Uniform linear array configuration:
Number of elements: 8
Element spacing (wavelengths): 0.5
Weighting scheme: cosine
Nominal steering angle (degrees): -60
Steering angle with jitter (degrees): -59.285
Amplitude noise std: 0.05
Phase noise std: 0.05

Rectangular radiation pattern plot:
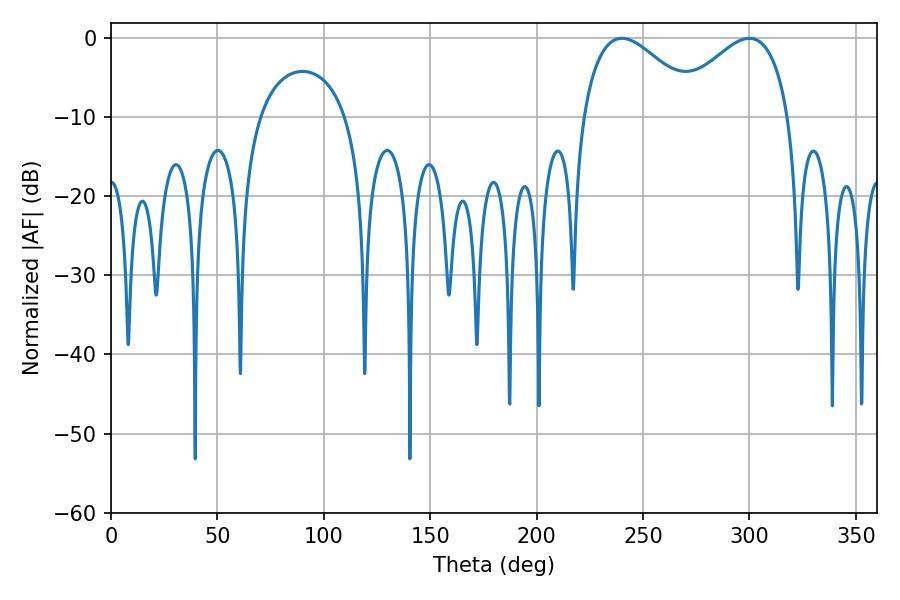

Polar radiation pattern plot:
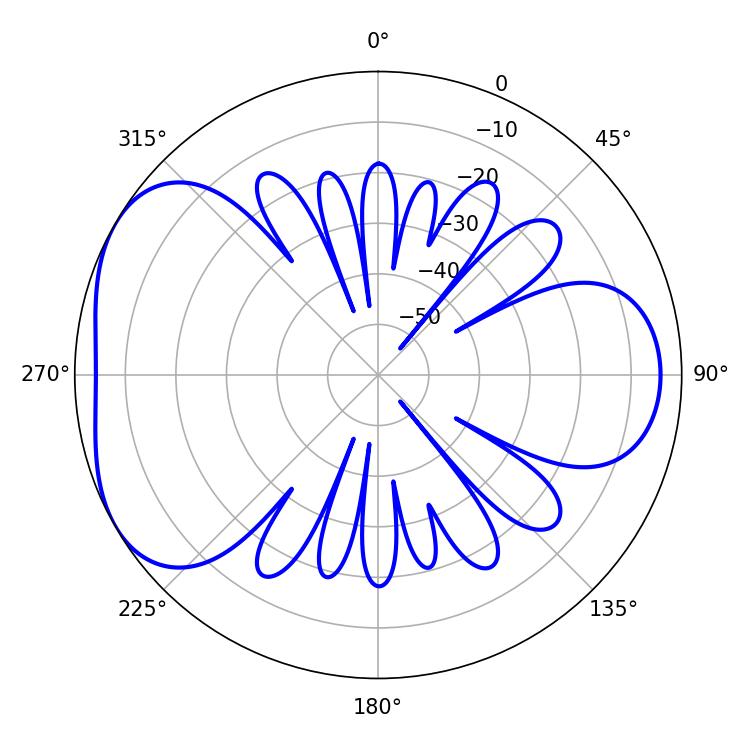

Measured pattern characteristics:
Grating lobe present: FALSE
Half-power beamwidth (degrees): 30.06
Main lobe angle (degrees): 240.12